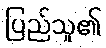
ပြည်သူ၏